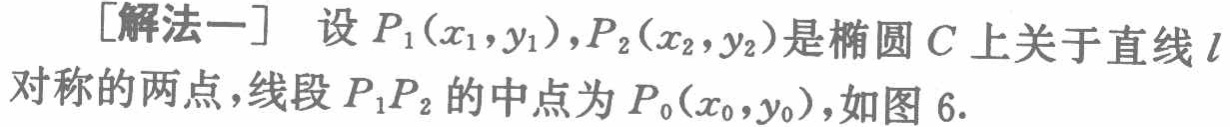
[解法一] 设 \(P_1(x_1,y_1),P_2(x_2,y_2)\) 是椭圆 \(C\) 上关于直线 \(l\) 对称的两点，线段 \(P_1P_2\) 的中点为 \(P_0(x_0,y_0)\)，如图 6.